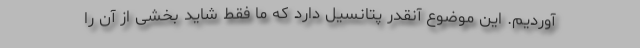
آوردیم. این موضوع آنقدر پتانسیل دارد که ما فقط شاید بخشی از آن را